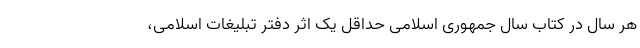
هر سال در کتاب سال جمهوری اسلامی حداقل یک اثر دفتر تبلیغات اسلامی،